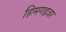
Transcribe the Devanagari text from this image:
हिमगह्रवर